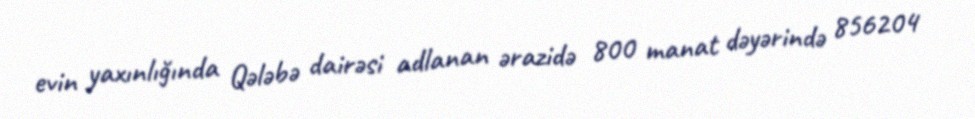
evin yaxınlığında Qələbə dairəsi adlanan ərazidə 800 manat dəyərində 856204